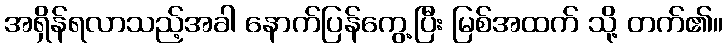
အရှိန်ရလာသည့်အခါ နောက်ပြန်ကွေ့ပြီး မြစ်အထက် သို့ တက်၏။